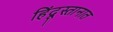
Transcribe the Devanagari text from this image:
हिंदूस्तानात